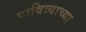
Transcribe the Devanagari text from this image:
पावित्र्याच्या